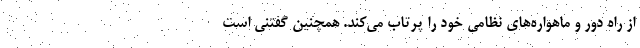
از راه دور و ماهواره‌های نظامی خود را پرتاب می‌کند. همچنین گفتنی است